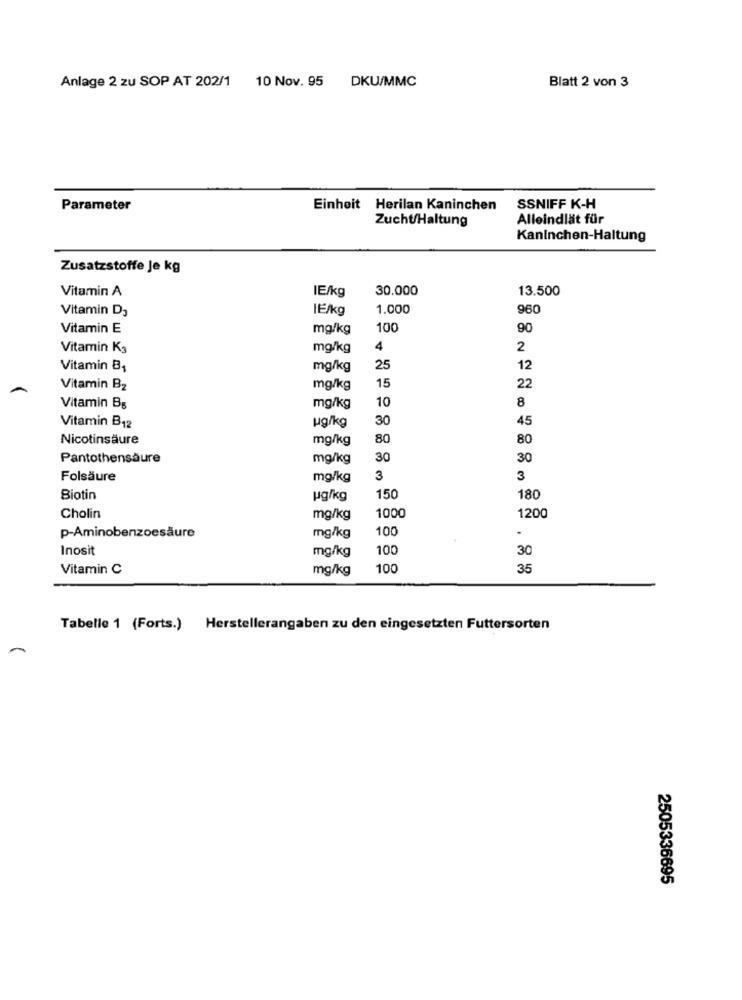
10 Nov. 95 DKU/MMC
Anlage 2 zu SOP AT 202/1
Blatt 2 von 3
Parameter
Einheit Herilan Kaninchen
SSNIFF K-H
Zucht/Haltung
Alleindlät für
Kaninchen-Haltung
Zusatzstoffe Je kg
IE/kg
30.000
13.500
Vitamin A
Vitamin D3
IE/kg
1.000
960
Vitamin E
mg/kg
100
90
Vitamin K3
mg/kg
4
2
Vitamin B1
mg/kg
25
12
15
Vitamin B2
mg/kg
22
10
8
Vitamin B5
mg/kg
30
45
Vitamin B12
ug/kg
Nicotinsäure
mg/kg
80
80
Pantothensäure
mg/kg
30
30
Folsäure
mg/kg
3
3
Biotin
ug/kg
150
180
1000
Cholin
mg/kg
1200
p-Aminobenzoesäure
100
.
mg/kg
Inosit
mg/kg
100
30
Vitamin C
mg/kg
100
35
Tabelle 1 (Forts.) Herstellerangaben zu den eingesetzten Futtersorten
2505336695